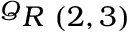
^ { Q } R \ ( 2 , 3 )